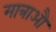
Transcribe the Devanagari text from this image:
मात्राऔं